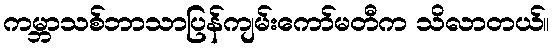
ကမ္ဘာသစ်ဘာသာပြန်ကျမ်းကော်မတီက သိလာတယ်။